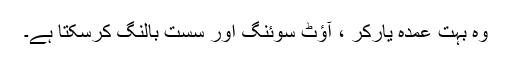
وہ بہت عمدہ یارکر ، آؤٹ سوئنگ اور سست بالنگ کرسکتا ہے۔